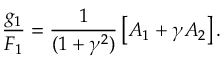
\frac { g _ { 1 } } { F _ { 1 } } = \frac { 1 } { ( 1 + \gamma ^ { 2 } ) } \left[ A _ { 1 } + \gamma A _ { 2 } \right] .